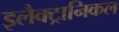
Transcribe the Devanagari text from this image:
इलैक्ट्रानिकल